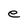
Character: e